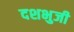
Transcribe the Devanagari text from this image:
दशभुजी